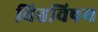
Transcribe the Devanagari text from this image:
वित्तविषय